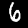
Label: 6